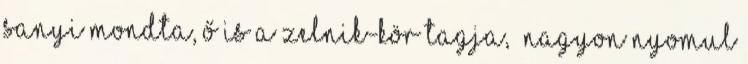
Sanyi mondta, ő is a Zelnik-kör tagja, „Nagyon nyomul